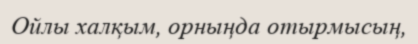
Ойлы халқым, орныңда отырмысың,